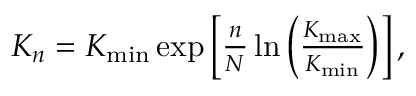
\begin{array} { r } { K _ { n } = K _ { \mathrm { m i n } } \exp \left[ \frac { n } { N } \ln \left( \frac { K _ { \mathrm { m a x } } } { K _ { \mathrm { m i n } } } \right) \right] , } \end{array}